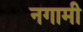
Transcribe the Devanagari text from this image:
नगामी